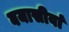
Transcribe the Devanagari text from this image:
बयासीवां